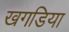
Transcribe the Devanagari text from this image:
खगडिया